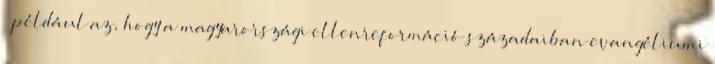
“ például az, hogy a magyarországi ellenreformáció századaiban evangéliumi